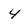
Character: 4